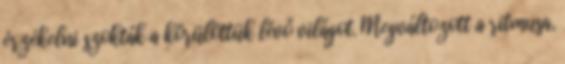
érzékelni szokták a körülöttük lévő világot. Megváltozott a ritmusa,